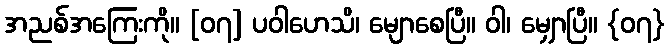
အညစ်အကြေးကို။ [၀၇] ပဝါဟေသိ၊ မျောစေပြီ။ ဝါ၊ မျှောပြီ။ {၀၇}